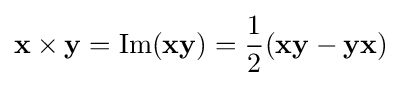
\mathbf {x} \times \mathbf {y} =\mathrm {Im} (\mathbf {xy} )={\frac {1}{2}}(\mathbf {xy} -\mathbf {yx} )